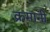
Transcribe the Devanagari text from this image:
क्रमानी